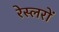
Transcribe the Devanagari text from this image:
रेस्लरों